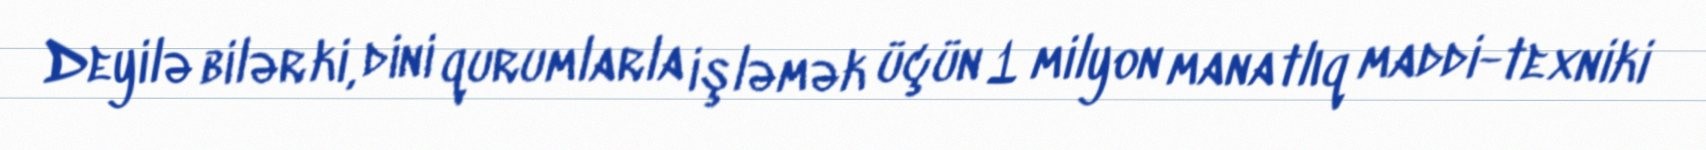
Deyilə bilər ki, dini qurumlarla işləmək üçün 1 milyon manatlıq maddi-texniki